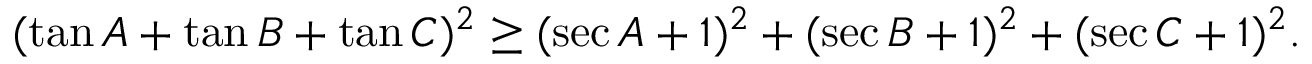
( \tan A + \tan B + \tan C ) ^ { 2 } \geq ( \sec A + 1 ) ^ { 2 } + ( \sec B + 1 ) ^ { 2 } + ( \sec C + 1 ) ^ { 2 } .